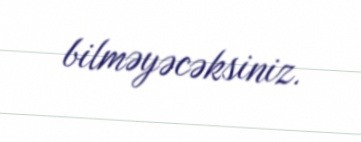
bilməyəcəksiniz.